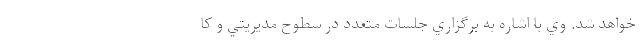
خواهد شد. وي با اشاره به برگزاري جلسات متعدد در سطوح مديريتي و كا